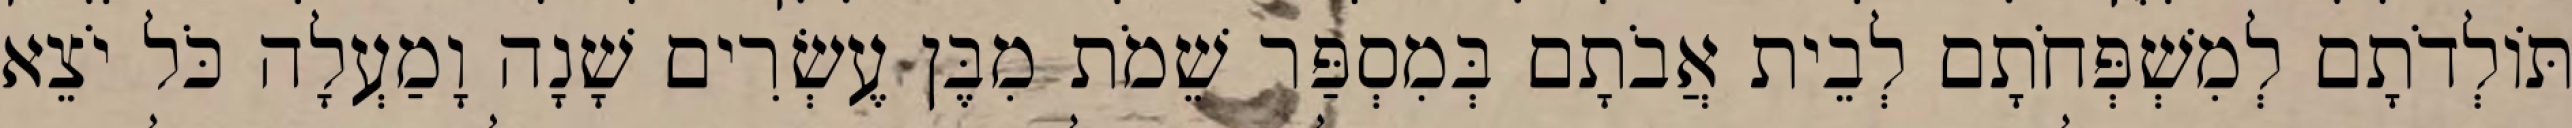
תּוֹלְדֹתָם לְמִשְׁפְּחֹתָם לְבֵית אֲבֹתָם בְּמִסְפַּר שֵׁמֹת מִבֶּן עֶשְׂרִים שָׁנָה וָמַעְלָה כֹּל יֹצֵא